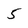
Character: 5